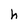
Character: h